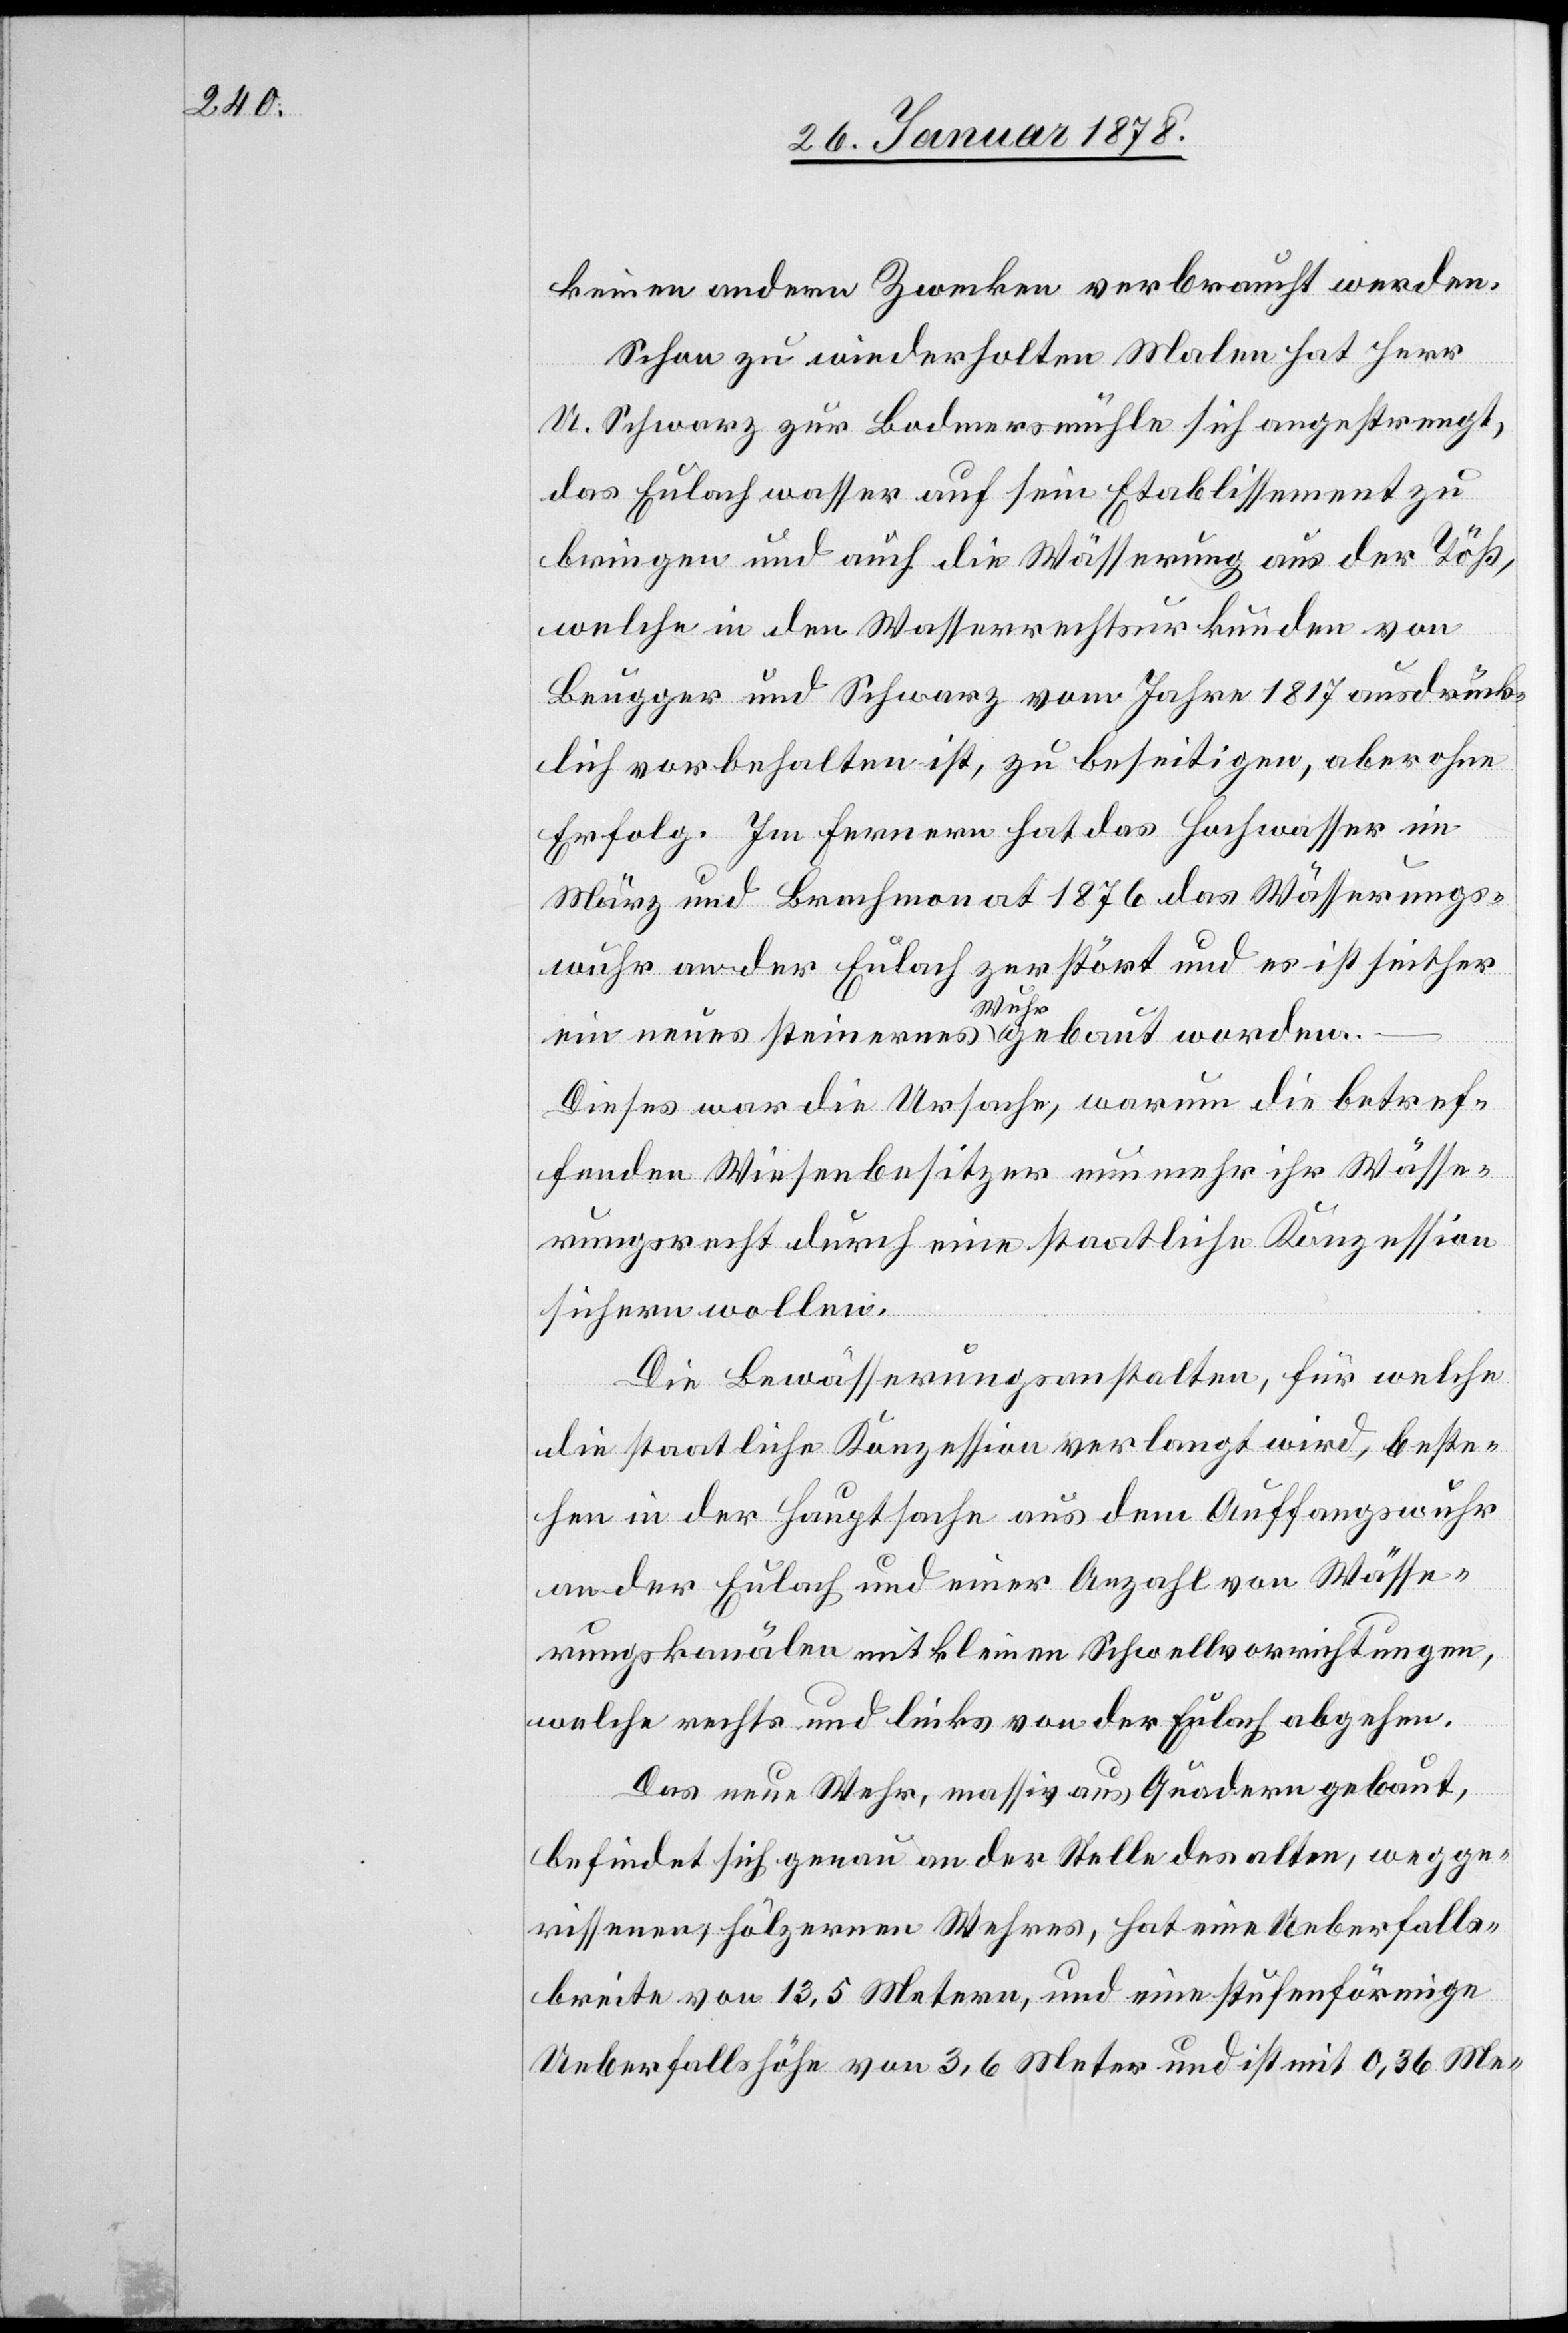
keinem andern Zwecke verbraucht werden.
Schon zu wiederholten Malen hat Herr
U. Schwarz zur Bodmersmühle sich angestrengt,
das Eulachwasser auf sein Etablissement zu
bringen und auch die Wässerung aus der Töß,
welche in den Wasserrechtsurkunden von
Brugger und Schwarz vom Jahre 1817 ausdrück¬
lich vorbehalten ist, zu beseitigen, aber ohne
Erfolg. Im Ferneren hat das Hochwasser im
März und Brachmonat 1876 das Wässerungs¬
wuhr an der Eulach zerstört und es ist seither
ein neues steinernes a-Wuhr-a gebaut worden.
Dieses war die Ursache, warum die betref¬
fenden Wiesenbesitzer nunmehr ihr Wässe¬
rungsrecht durch eine staatliche Konzession
sichern wollen.
Die Bewässerungsanstalten, für welche
die staatliche Konzession verlangt wird, beste¬
hen in der Hauptsache aus dem Auffangswuhr
an der Eulach und einer Anzahl von Wässe¬
rungskanälen mit kleinen Schwellvorrichtungen,
welche rechts und links von der Eulach abgehen.
Das neue Wehr, massiv aus Quadern gebaut,
befindet sich genau an der Stelle des alten, wegge¬
rissenen, hölzernen Wehres, hat eine Ueberfalls¬
breite von 13,5 Metern, und eine stufenförmige
Ueberfallshöhe von 3,6 Meter und ist mit 0,36 Me-